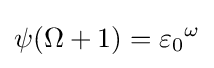
\psi (\Omega +1)={\varepsilon _{0}}^{\omega }